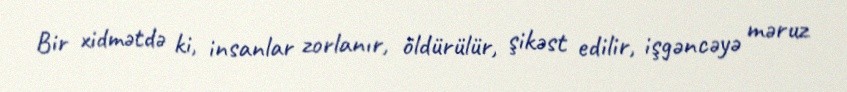
Bir xidmətdə ki, insanlar zorlanır, öldürülür, şikəst edilir, işgəncəyə məruz